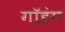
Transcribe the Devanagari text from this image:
गॉइंग